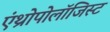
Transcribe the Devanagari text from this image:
एंथ्रोपोलॉजिस्ट